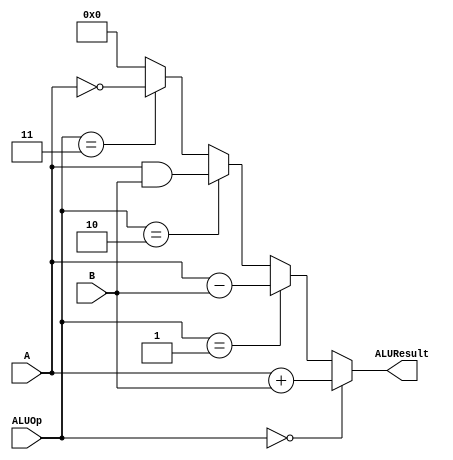
`timescale 1ns/1ns
module ALU (A, B, ALUOp, ALUResult);
  input signed [7:0] A, B;
  input [1:0] ALUOp;
  output signed [7:0] ALUResult;
  assign ALUResult = (ALUOp == 2'b00) ? A + B : 
                      ((ALUOp == 2'b01) ? A - B : 
                        ((ALUOp == 2'b10) ? A & B : 
                          ((ALUOp == 2'b11) ? ~A : 7'b0)));
endmodule